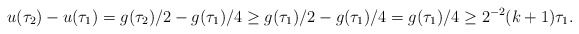
\begin{align*}u(\tau_2) - u(\tau_1) = g( \tau_2) / 2 - g (\tau_1)/4 \geq g (\tau_1)/ 2 - g( \tau_1) / 4 = g (\tau_1) / 4 \geq 2^{-2}(k + 1) \tau_1.\end{align*}